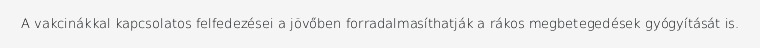
A vakcinákkal kapcsolatos felfedezései a jövőben forradalmasíthatják a rákos megbetegedések gyógyítását is.